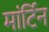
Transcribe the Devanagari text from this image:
मांर्टिन